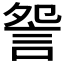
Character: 𧧁